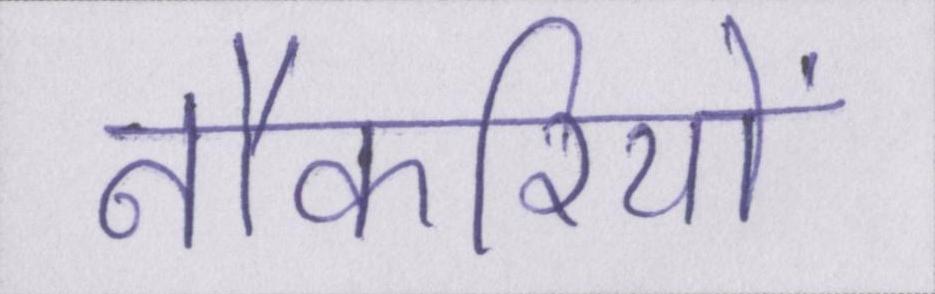
नौकरियों